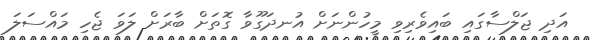
އަދި ޖަލްސާގައި ބައިވެރިވި މީހުންނަށް އުނދަގޫވާ ގޮތަށް ބާރަށް ލަވަ ޖެހި މައްސަލަ